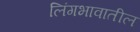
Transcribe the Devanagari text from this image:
लिंगभावातील